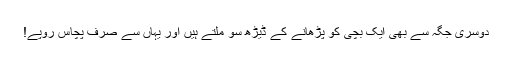
دوسری جگہ سے بھی ایک بچی کو پڑھانے کے ڈیڑھ سو ملتے ہیں اور یہاں سے صرف پچاس روپے!